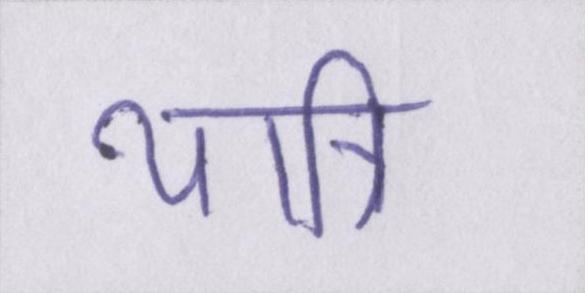
यात्रि